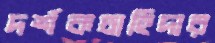
দর্শকচাহিদার